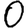
Digit: 0